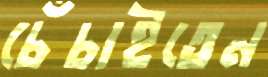
চেঁচাইতেন